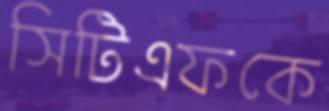
সিটিএফকে